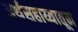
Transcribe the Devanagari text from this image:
अर्थसहाय्यातून